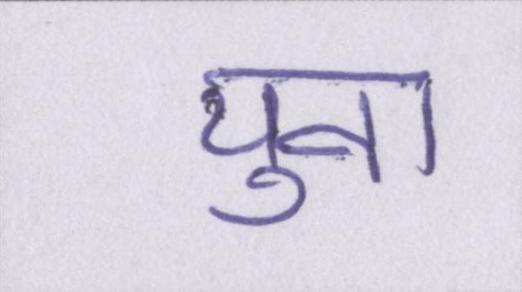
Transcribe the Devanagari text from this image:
युवा